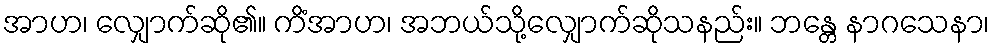
အာဟ၊ လျှောက်ဆို၏။ ကိံအာဟ၊ အဘယ်သို့လျှောက်ဆိုသနည်း။ ဘန္တေ နာဂသေနာ၊